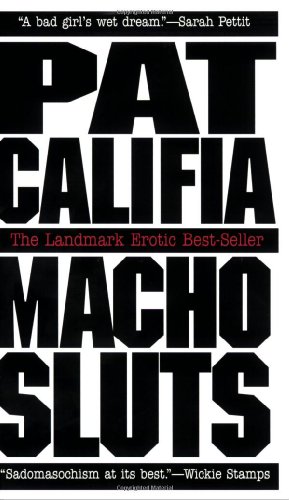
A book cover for Macho Sluts: Erotic Fiction; Pat Califia; Romance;